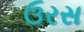
ઉરસ